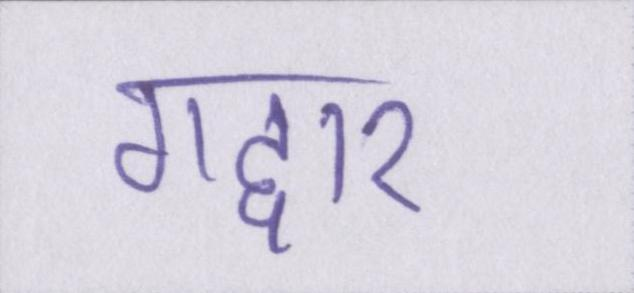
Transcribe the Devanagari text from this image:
गद्दार